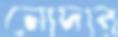
নোদার